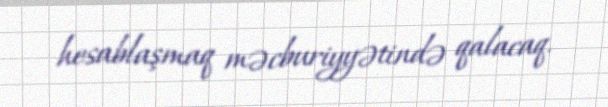
hesablaşmaq məcburiyyətində qalacaq.